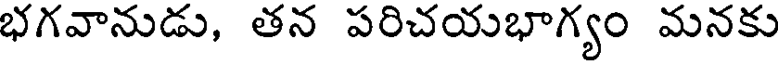
భగవానుడు, తన పరిచయభాగ్యం మనకు